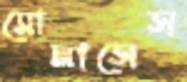
মোলাসেস